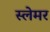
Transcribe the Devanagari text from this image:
स्लेमर